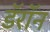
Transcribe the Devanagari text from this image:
डॅरॉन